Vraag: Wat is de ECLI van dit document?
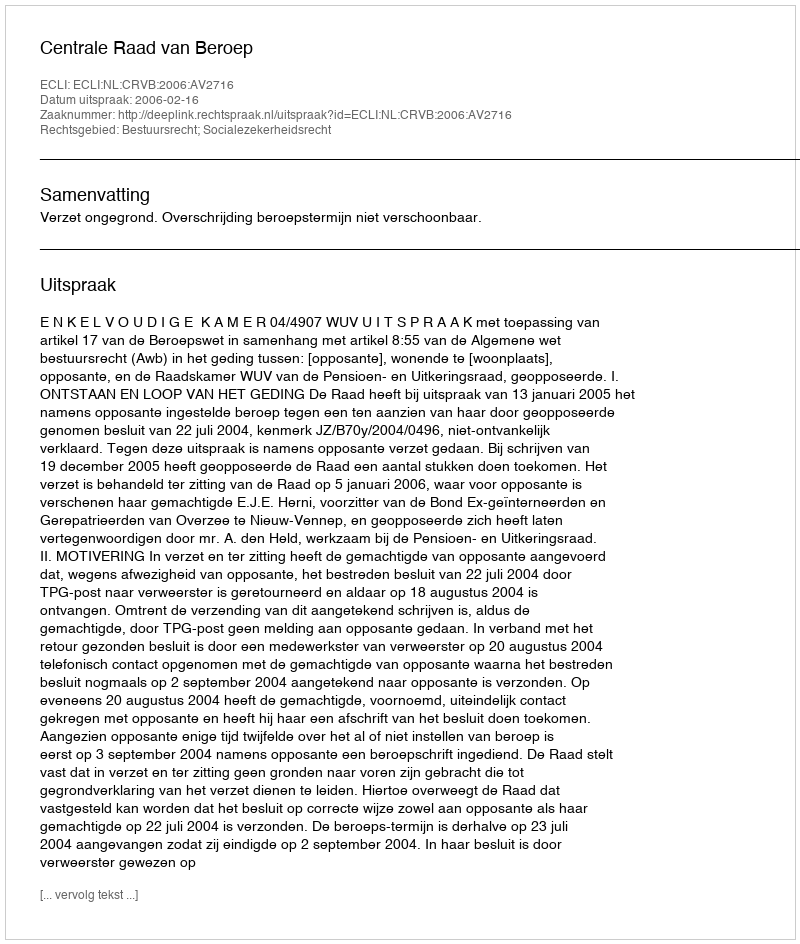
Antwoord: ECLI:NL:CRVB:2006:AV2716